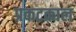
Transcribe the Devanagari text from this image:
प्रकटकाल